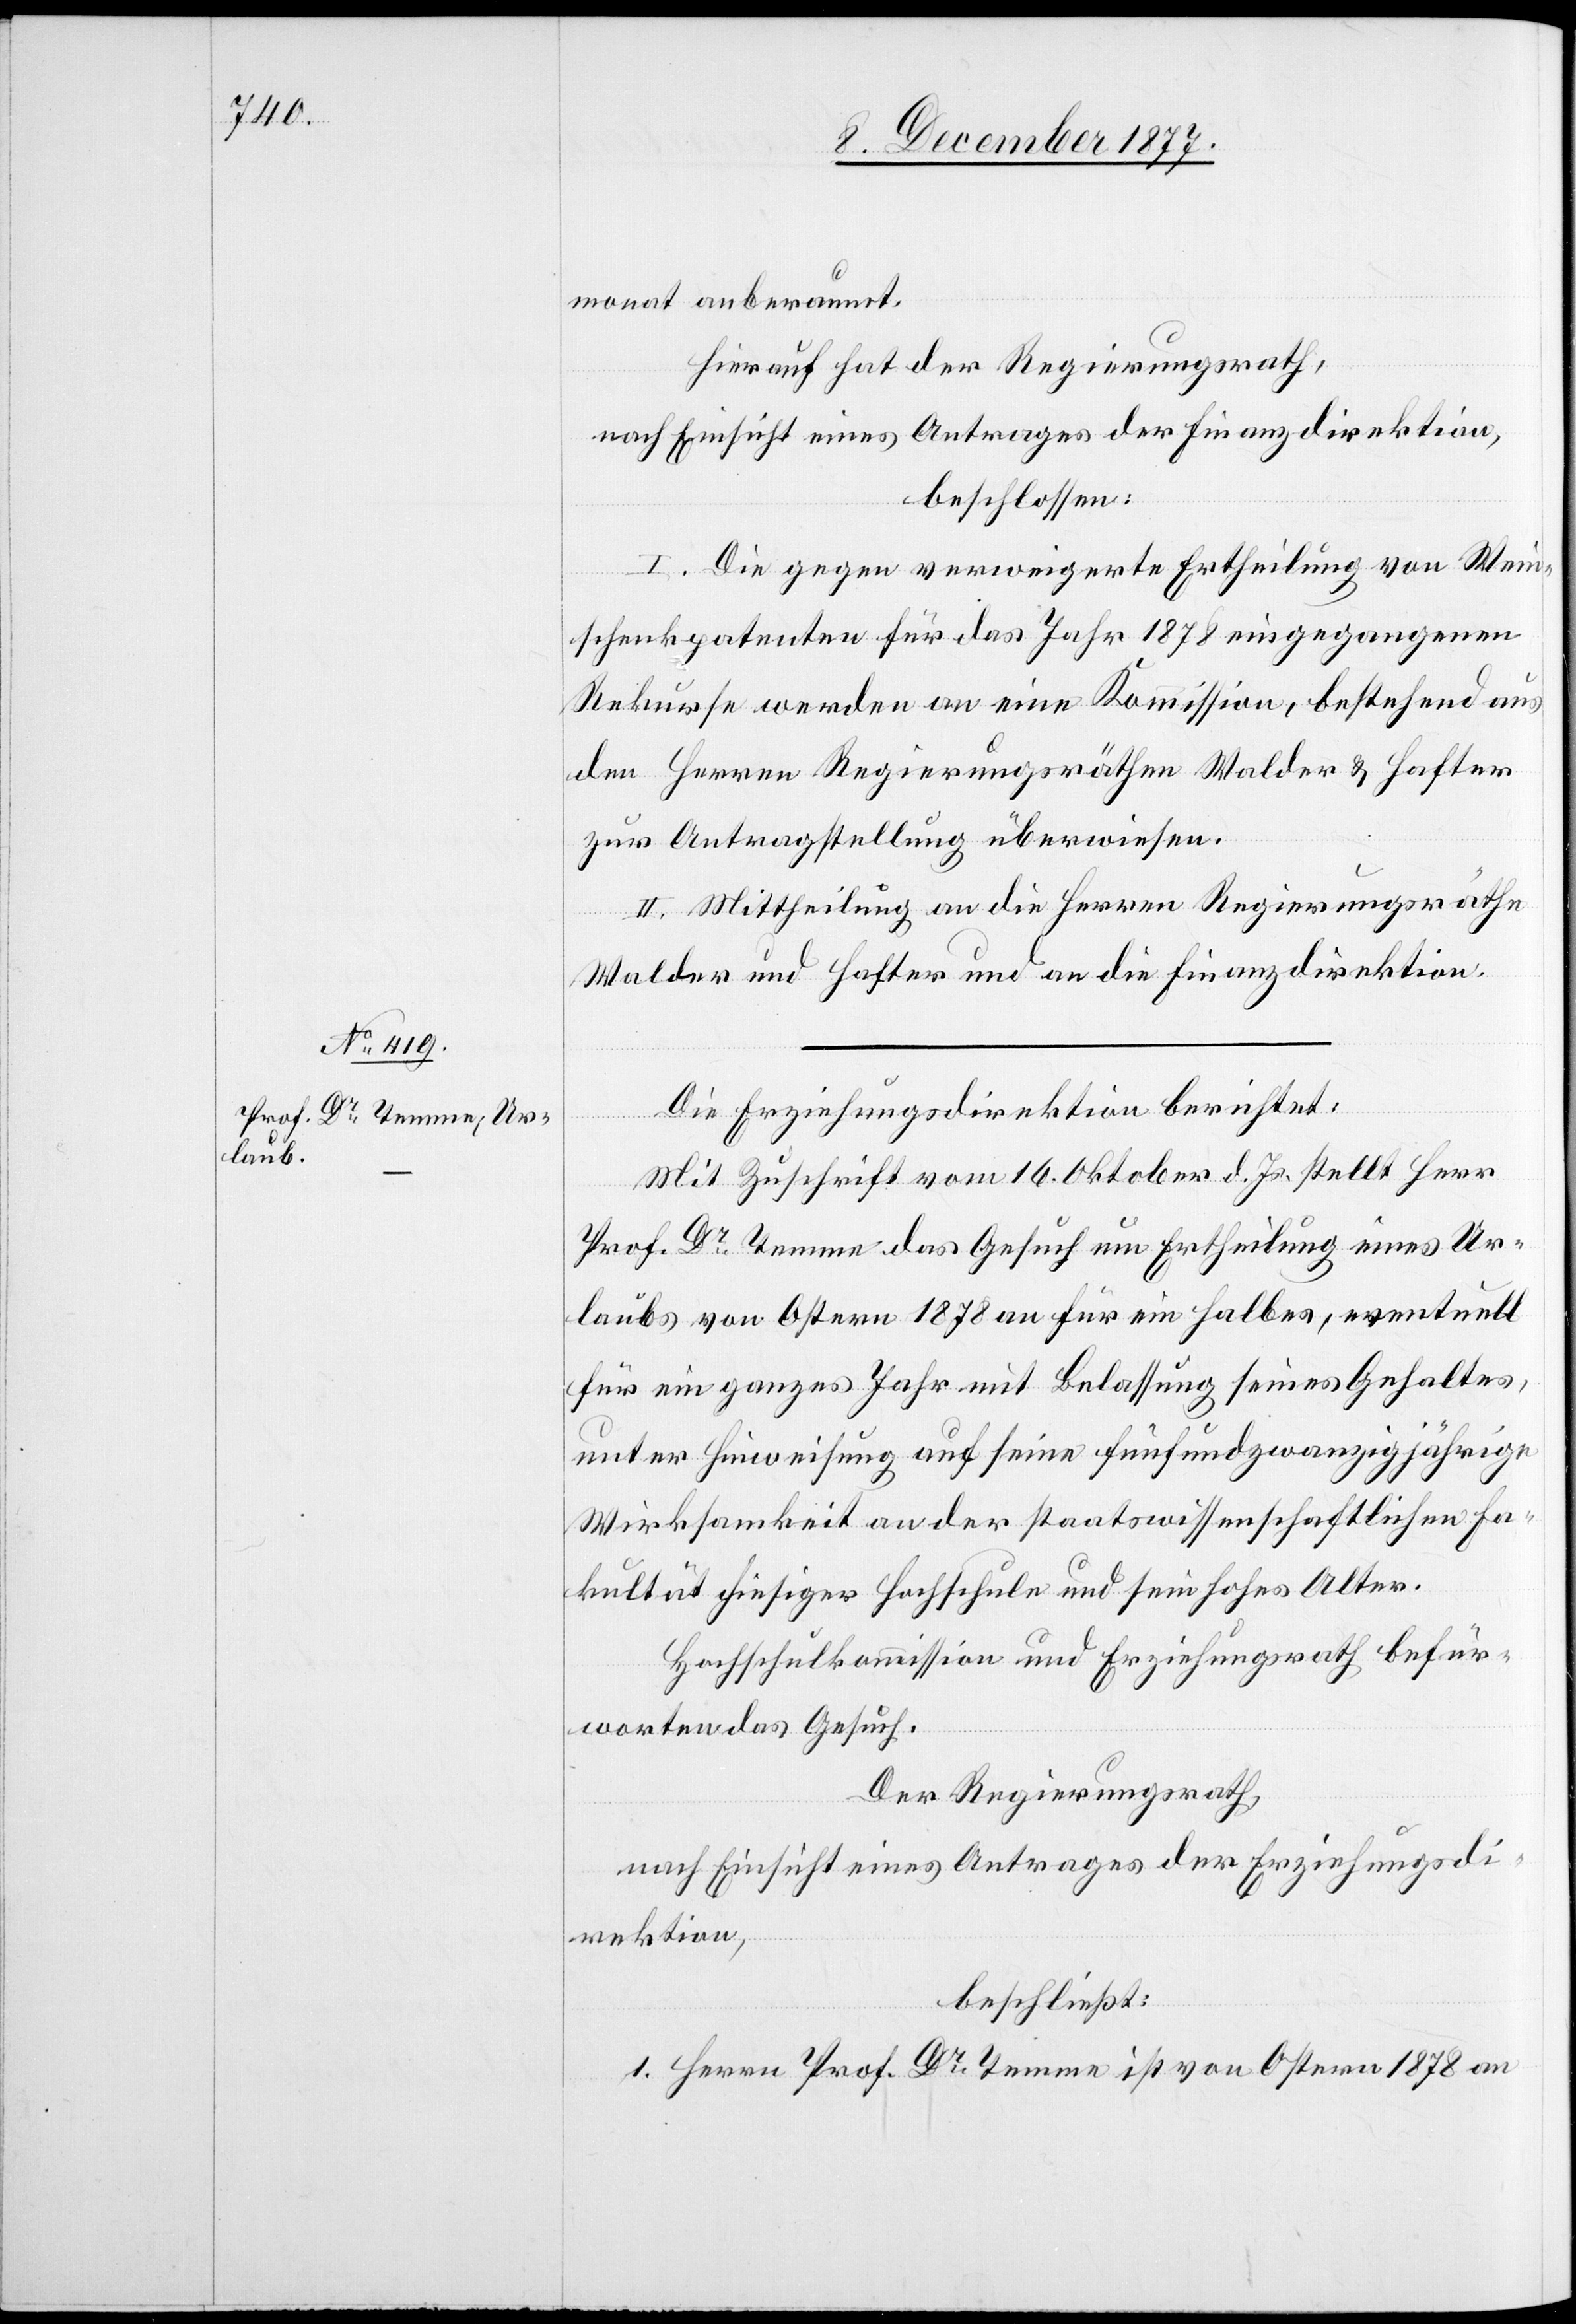
monat anberaumt.
Hierauf hat der Regierungsrath,
nach Einsicht eines Antrages der Finanzdirektion,
beschlossen:
I. Die gegen verweigerte Ertheilung von Wein¬
schenkpatenten für das Jahr 1878 eingegangenen
Rekurse werden an eine Kommission, bestehend aus
den Herren Regierungsräthen Walder & Hafter
zur Antragstellung überwiesen.
II. Mittheilung an die Herren Regierungsräthe
Walder und Hafter und an die Finanzdirektion.
Die Erziehungsdirektion berichtet:
Mit Zuschrift vom 16. Oktober d. Js. stellt Herr
Prof. Dr Temme das Gesuch um Ertheilung eines Ur¬
laubs von Ostern 1878 an für ein halbes, eventuell
für ein ganzes Jahr mit Belassung seines Gehaltes,
unter Hinweisung auf seine fünfundzwanzigjährige
Wirksamkeit an der staatswissenschaftlichen Fa¬
kultät hiesiger Hochschule und sein hohes Alter.
Hochschulkommission und Erziehungsrath befür¬
worten das Gesuch.
Der Regierungsrath,
nach Einsicht eines Antrages der Erziehungsdi¬
rektion,
beschließt:
1. Herrn Prof. Dr Temme ist von Ostern 1878 an